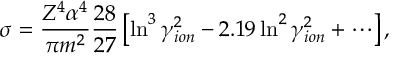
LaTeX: \sigma = \frac { Z ^ { 4 } \alpha ^ { 4 } } { \pi m ^ { 2 } } \frac { 2 8 } { 2 7 } \left[ \ln ^ { 3 } \gamma _ { i o n } ^ { 2 } - 2 . 1 9 \ln ^ { 2 } \gamma _ { i o n } ^ { 2 } + \cdots \right] ,